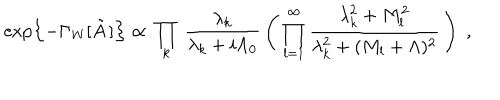
\exp \left\{ - \Gamma _ { \mathrm { W } } [ \tilde { A } \, ] \right\} \propto \, \prod _ { k } \, \frac { \lambda _ { k } } { \lambda _ { k } + i \Lambda _ { 0 } } \, \left( \, \prod _ { l = 1 } ^ { \infty } \frac { \lambda _ { k } ^ { 2 } + M _ { l } ^ { 2 } } { \lambda _ { k } ^ { 2 } + ( M _ { l } + \Lambda ) ^ { 2 } } \, \right) \; ,